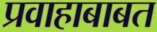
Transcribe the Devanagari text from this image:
प्रवाहाबाबत